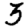
Digit: 3